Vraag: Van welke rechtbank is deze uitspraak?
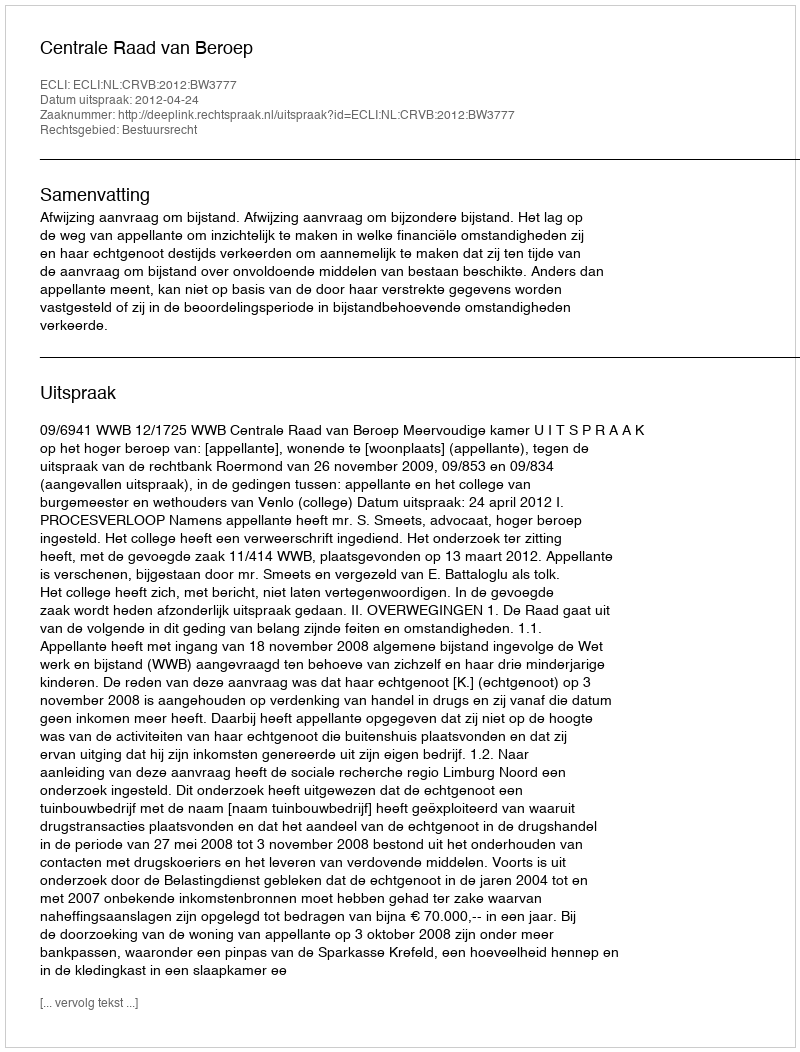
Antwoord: Centrale Raad van Beroep